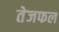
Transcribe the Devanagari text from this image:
तेजफल